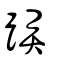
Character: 䟸